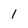
Character: 1